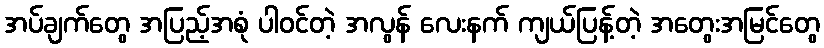
အပ်ချက်တွေ အပြည့်အစုံ ပါဝင်တဲ့ အလွန် လေးနက် ကျယ်ပြန့်တဲ့ အတွေးအမြင်တွေ